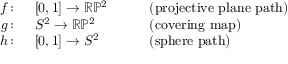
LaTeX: \begin{array} { r l r l } { f \colon \, } & { { } [ 0 , 1 ] \to \mathbb { R P } ^ { 2 } } & { \quad } & { { } { \mathrm { ( p r o j e c t i v e ~ p l a n e ~ p a t h ) } } } \\ { g \colon \, } & { { } S ^ { 2 } \to \mathbb { R P } ^ { 2 } } & { \quad } & { { } { \mathrm { ( c o v e r i n g ~ m a p ) } } } \\ { h \colon \, } & { { } [ 0 , 1 ] \to S ^ { 2 } } & { \quad } & { { } { \mathrm { ( s p h e r e ~ p a t h ) } } } \end{array}